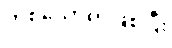
တစ်ယောက်ဖြစ်ပြီး